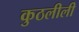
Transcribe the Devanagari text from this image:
कुठलीली